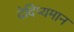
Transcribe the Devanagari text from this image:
देदिप्यमान